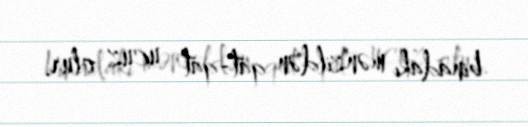
binadakı mənzildən qat-qat ucuz olur.